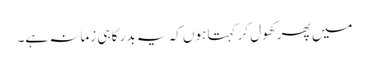
میں پھر کھول کر کہتا ہوں کہ یہ بدر کا ہی زمانہ ہے۔